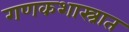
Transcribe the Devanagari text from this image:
गणकशास्त्रात